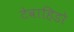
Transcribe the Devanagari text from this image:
टेवाहिडो